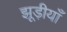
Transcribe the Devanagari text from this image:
झूड़ीयाँ